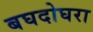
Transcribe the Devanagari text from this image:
बघदोघरा